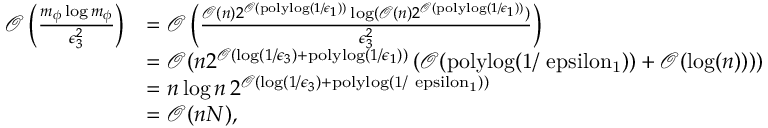
\begin{array} { r l } { \mathcal { O } \left( \frac { m _ { \phi } \log m _ { \phi } } { \epsilon _ { 3 } ^ { 2 } } \right) } & { = \mathcal { O } \left( \frac { \mathcal { O } ( n ) 2 ^ { \mathcal { O } ( \mathrm { p o l y l o g } ( 1 / \epsilon _ { 1 } ) ) } \log ( \mathcal { O } ( n ) 2 ^ { \mathcal { O } ( \mathrm { p o l y l o g } ( 1 / \epsilon _ { 1 } ) ) } ) } { \epsilon _ { 3 } ^ { 2 } } \right) } \\ & { = \mathcal { O } ( n 2 ^ { \mathcal { O } ( \log ( 1 / \epsilon _ { 3 } ) + \mathrm { p o l y l o g } ( 1 / \epsilon _ { 1 } ) ) } \left( \mathcal { O } ( \mathrm { p o l y l o g ( 1 / \ e p s i l o n _ { 1 } ) } ) + \mathcal { O } ( \log ( n ) ) \right) ) } \\ & { = n \log n \, 2 ^ { \mathcal { O } ( \log ( 1 / \epsilon _ { 3 } ) + \mathrm { p o l y l o g ( 1 / \ e p s i l o n _ { 1 } ) } ) } } \\ & { = \mathcal { O } ( n N ) , } \end{array}